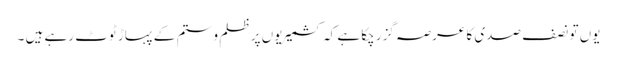
یوں تو نصف صدی کا عرصہ گزر چکا ہے کہ کشمیریوں پر ظلم و ستم کے پہاڑ ٹوٹ رہے ہیں ۔